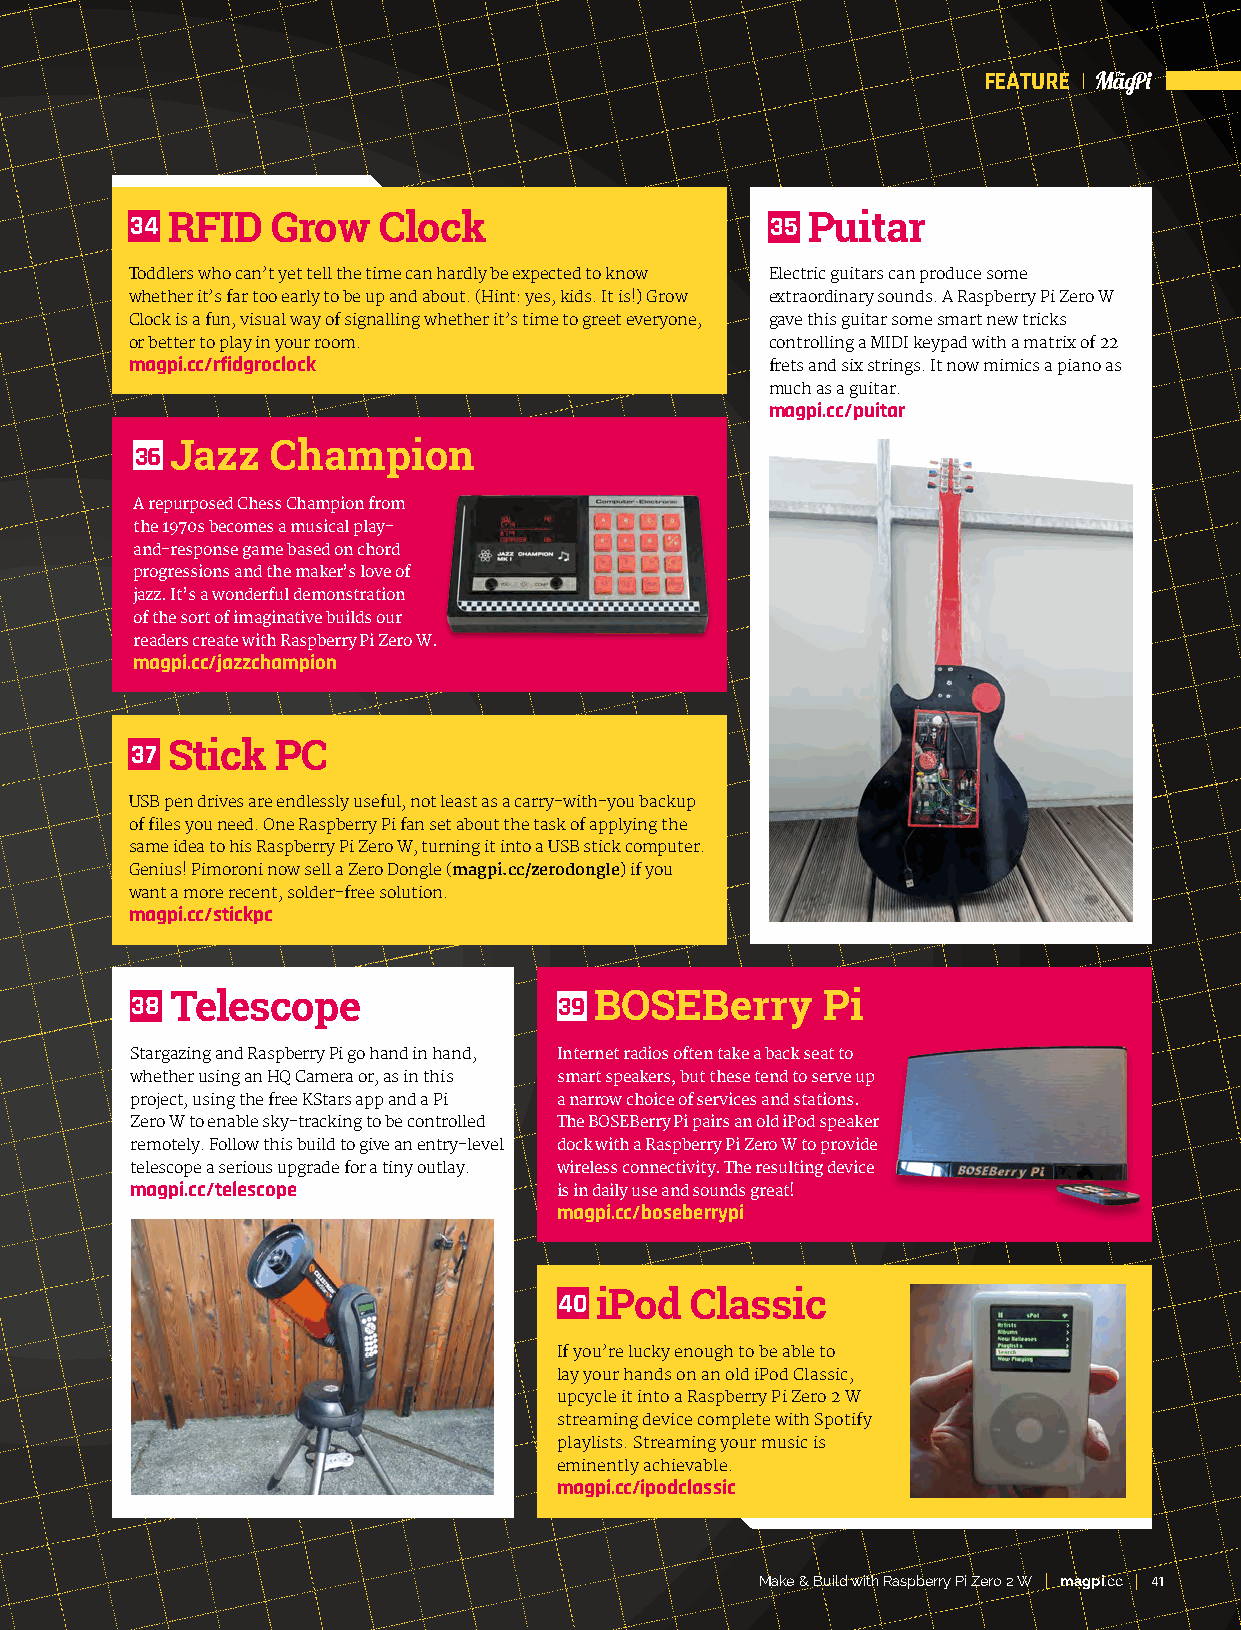
FEATURE
 34 RFID  Grow   Clock                     35 Puitar
 Toddlers who can’t yet tell the time can hardly be expected to know Electric guitars can produce some
 whether it’s far too early to be up and about. (Hint: yes, kids. It is!) Grow extraordinary sounds. A Raspberry Pi Zero W
 Clock is a fun, visual way of signalling whether it’s time to greet everyone, gave this guitar some smart new tricks
 or better to play in your room.           controlling a MIDI keypad with a matrix of 22
 magpi.cc/rfidgroclock                     frets and six strings. It now mimics a piano as
 much as a guitar.
 magpi.cc/puitar
 36 Jazz  Champion
 A repurposed Chess Champion from
 the 1970s becomes a musical play-
 and-response game based on chord
 progressions and the maker’s love of
 jazz. It’s a wonderful demonstration
 of the sort of imaginative builds our
 readers create with Raspberry Pi Zero W.
 magpi.cc/jazzchampion
 37 Stick PC
 USB pen drives are endlessly useful, not least as a carry-with-you backup
 of files you need. One Raspberry Pi fan set about the task of applying the
 same idea to his Raspberry Pi Zero W, turning it into a USB stick computer.
 Genius! Pimoroni now sell a Zero Dongle (magpi.cc/zerodongle) if you
 want a more recent, solder-free solution.
 magpi.cc/stickpc
 38 Telescope                39 BOSEBerry     Pi
 Stargazing and Raspberry Pi go hand in hand, Internet radios often take a back seat to
 whether using an HQ Camera or, as in this smart speakers, but these tend to serve up
 project, using the free KStars app and a Pi a narrow choice of services and stations.
 Zero W to enable sky-tracking to be controlled The BOSEBerry Pi pairs an old iPod speaker
 remotely. Follow this build to give an entry-level dock with a Raspberry Pi Zero W to provide
 telescope a serious upgrade for a tiny outlay. wireless connectivity. The resulting device
 magpi.cc/telescope          is in daily use and sounds great!
 magpi.cc/boseberrypi
 40 iPod  Classic
 If you’re lucky enough to be able to
 lay your hands on an old iPod Classic,
 upcycle it into a Raspberry Pi Zero 2 W
 streaming device complete with Spotify
 playlists. Streaming your music is
 eminently achievable.
 magpi.cc/ipodclassic
 Make & Build with Raspberry Pi Zero 2 W magpi.cc 41